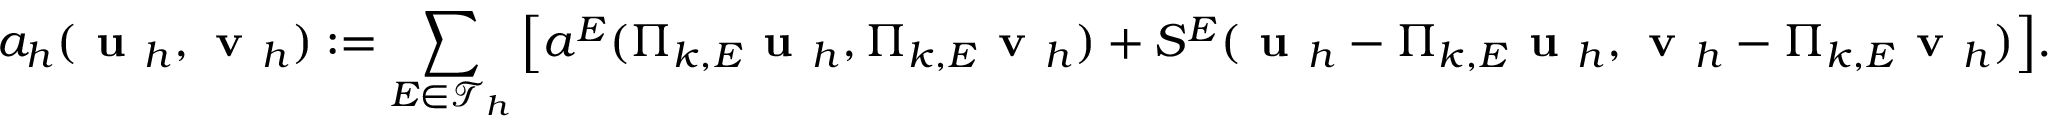
a _ { h } ( \textbf { u } _ { h } , \textbf { v } _ { h } ) : = \displaystyle { \sum _ { E \in \mathcal { T } _ { h } } \left[ a ^ { E } ( \boldsymbol { \Pi } _ { k , E } \textbf { u } _ { h } , \boldsymbol { \Pi } _ { k , E } \textbf { v } _ { h } ) + S ^ { E } ( \textbf { u } _ { h } - \boldsymbol { \Pi } _ { k , E } \textbf { u } _ { h } , \textbf { v } _ { h } - \boldsymbol { \Pi } _ { k , E } \textbf { v } _ { h } ) \right] } .